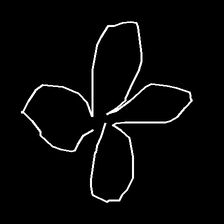
Glyph: billowing